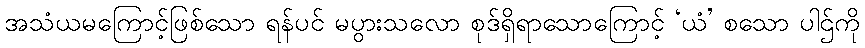
အသံယမကြောင့်ဖြစ်သော ရန်ပင် မပွားသလော စုဒ်ရှိရာသောကြောင့် ‘ယံ’ စသော ပါဌ်ကို